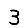
Digit: 3